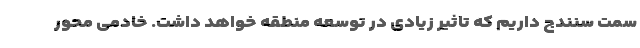
سمت سنندج داریم که تاثیر زیادی در توسعه منطقه خواهد داشت. خادمی محور